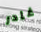
غادر